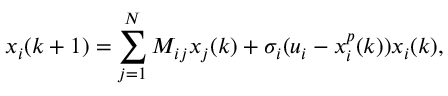
x _ { i } ( k + 1 ) = \sum _ { j = 1 } ^ { N } M _ { i j } x _ { j } ( k ) + \sigma _ { i } ( u _ { i } - x _ { i } ^ { p } ( k ) ) x _ { i } ( k ) ,